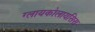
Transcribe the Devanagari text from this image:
ग्लायकोलायसिस